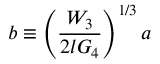
b \equiv \left( \frac { W _ { 3 } } { 2 l G _ { 4 } } \right) ^ { 1 / 3 } a